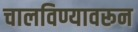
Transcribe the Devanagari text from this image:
चालविण्यावरून